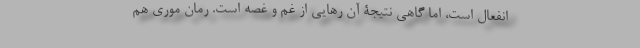
انفعال است، اما گاهی نتیجۀ آن رهایی از غم و غصه‌ است. رمان موری هم